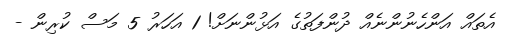
އެތައް އަންހެނުންނެއް ދުންފަތުގެ އަޅުންނަށް! 1 އަހަރު 5 މަސް ކުރިން -